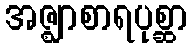
အဇ္ဈာစာရပုစ္ဆာ